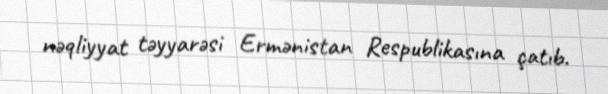
nəqliyyat təyyarəsi Ermənistan Respublikasına çatıb.